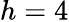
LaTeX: h=4